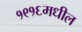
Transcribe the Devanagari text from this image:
१९१६मधील